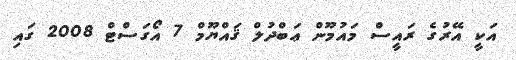
އަކީ އޭރުގެ ރައީސް މައުމޫން ޢަބްދުލް ޤައްޔޫމް 7 އޯގަސްޓް 2008 ގައި